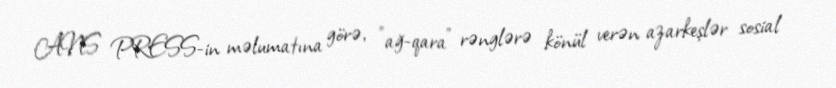
ANS PRESS-in məlumatına görə, "ağ-qara" rənglərə könül verən azarkeşlər sosial